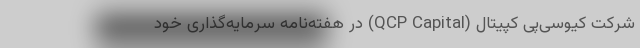
شرکت کیو‌سی‌پی کپیتال (QCP Capital) در هفته‌نامه سرمایه‌گذاری خود